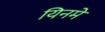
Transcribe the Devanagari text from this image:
यिनमे